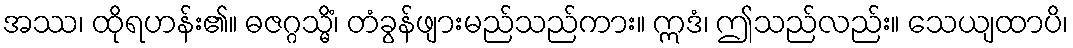
အဿ၊ ထိုရဟန်း၏။ ဓဇဂ္ဂသ္မိံ၊ တံခွန်ဖျားမည်သည်ကား။ ဣဒံ၊ ဤသည်လည်း။ သေယျထာပိ၊